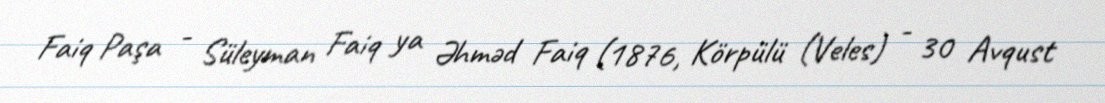
Faiq Paşa - Süleyman Faiq ya Əhməd Faiq (1876, Körpülü (Veles) - 30 Avqust